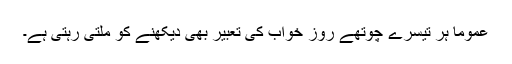
عموماً ہر تیسرے چوتھے روز خواب کی تعبیر بھی دیکھنے کو ملتی رہتی ہے۔